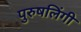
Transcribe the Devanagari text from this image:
पुरुषलिंगी